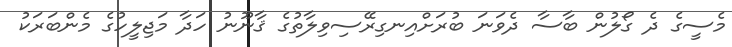
މެސީގެ ދެ ގޯލުން ބާސާ ދެވަނަ ބުރަށްއިނގިރޭސިވިލާތުގެ ޤާނޫނު ހަދާ މަޖިލީހުގެ މެންބަރަކު